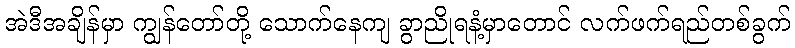
အဲဒီအချိန်မှာ ကျွန်တော်တို့ သောက်နေကျ ခွာညိုရနံ့မှာတောင် လက်ဖက်ရည်တစ်ခွက်